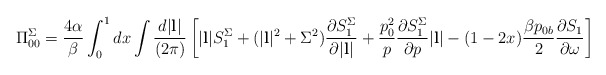
\begin{align*}\Pi^{\Sigma}_{00}={4\alpha \over \beta} \int^1_0 dx \int {d|{\bf l}| \over (2\pi)} \left[|{\bf l}| S^{\Sigma}_1+(|{\bf l}|^2+\Sigma^2) {\partial S^{\Sigma}_1 \over \partial |{\bf l}| }+{p^2_0 \over p}{\partial S^{\Sigma}_1 \over \partial p }|{\bf l}|-(1-2x){\beta p_{0b} \over2}{\partial S_1 \over \partial \omega} \right]\end{align*}